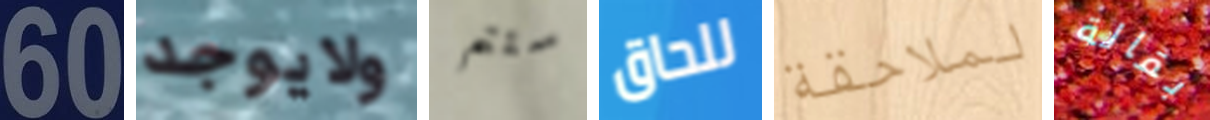
60 ولايوجد ستتم للحاق لملاحقة بقالة